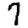
Digit: 7